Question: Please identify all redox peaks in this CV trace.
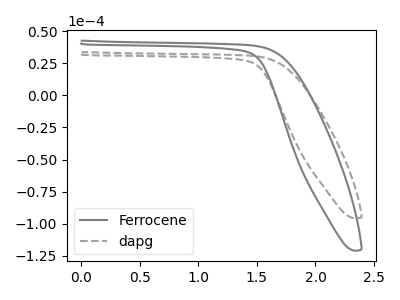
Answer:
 <answer>The gray curve "Ferrocene" has no peaks. The gray dashed curve "dapg" has no peaks.</answer>
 <eval></eval>